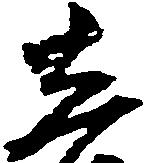
し